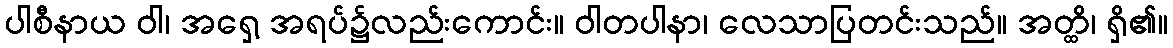
ပါစီနာယ ဝါ၊ အရှေ့ အရပ်၌လည်းကောင်း။ ဝါတပါနာ၊ လေသာပြတင်းသည်။ အတ္ထိ၊ ရှိ၏။